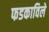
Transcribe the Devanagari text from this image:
फडकाविले